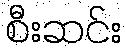
စီးဆင်း